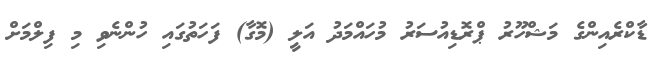
ޑާކްރެއިންގެ މަޝްހޫރު ޕްރޮޑިއުސަރު މުހައްމަދު އަލީ (މޮގާ) ފަހަތުގައި ހުންނެވި މި ފިލްމަށް